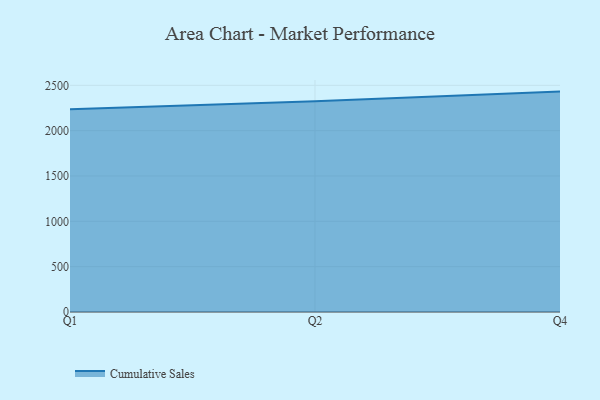
{"axis": {"x": "Quarter", "y": "Market Share (%)"}, "legend": ["Cumulative Sales"], "data": [{"x": "Q1", "y": 2236.3, "type": "Cumulative Sales"}, {"x": "Q2", "y": 2324.2, "type": "Cumulative Sales"}, {"x": "Q4", "y": 2430.9, "type": "Cumulative Sales"}]}